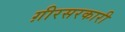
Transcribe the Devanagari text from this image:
ग़ीरसरकारी